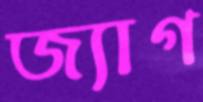
জ্যাগ